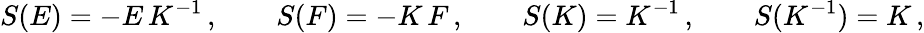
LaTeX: S(E)=-E\, K^{-1}\, ,\qquad S(F)=-K\, F\, ,\qquad S(K)=K^{-1}\, ,\qquad S(K^{-1})=K\, ,